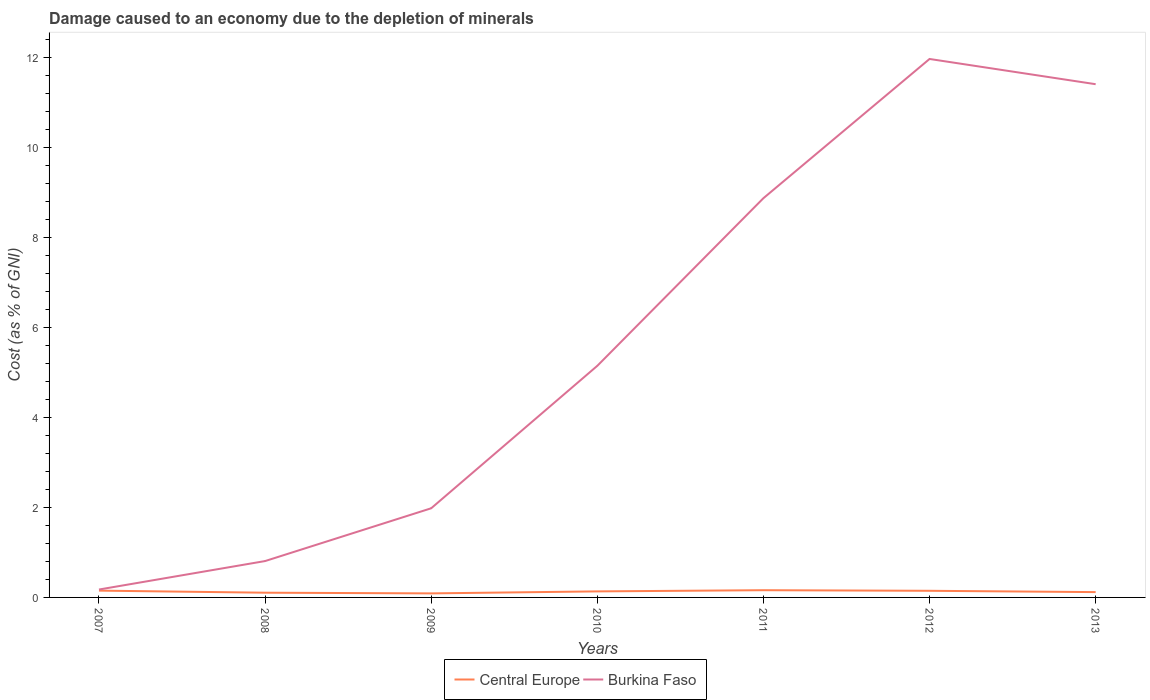
| Years | Central Europe | Burkina Faso |
 | --- | --- | --- |
 | 2007 | 0.151 | 0.176 |
 | 2008 | 0.105 | 0.808 |
 | 2009 | 0.0897 | 1.98 |
 | 2010 | 0.134 | 5.15 |
 | 2011 | 0.161 | 8.88 |
 | 2012 | 0.147 | 12 |
 | 2013 | 0.118 | 11.4 |